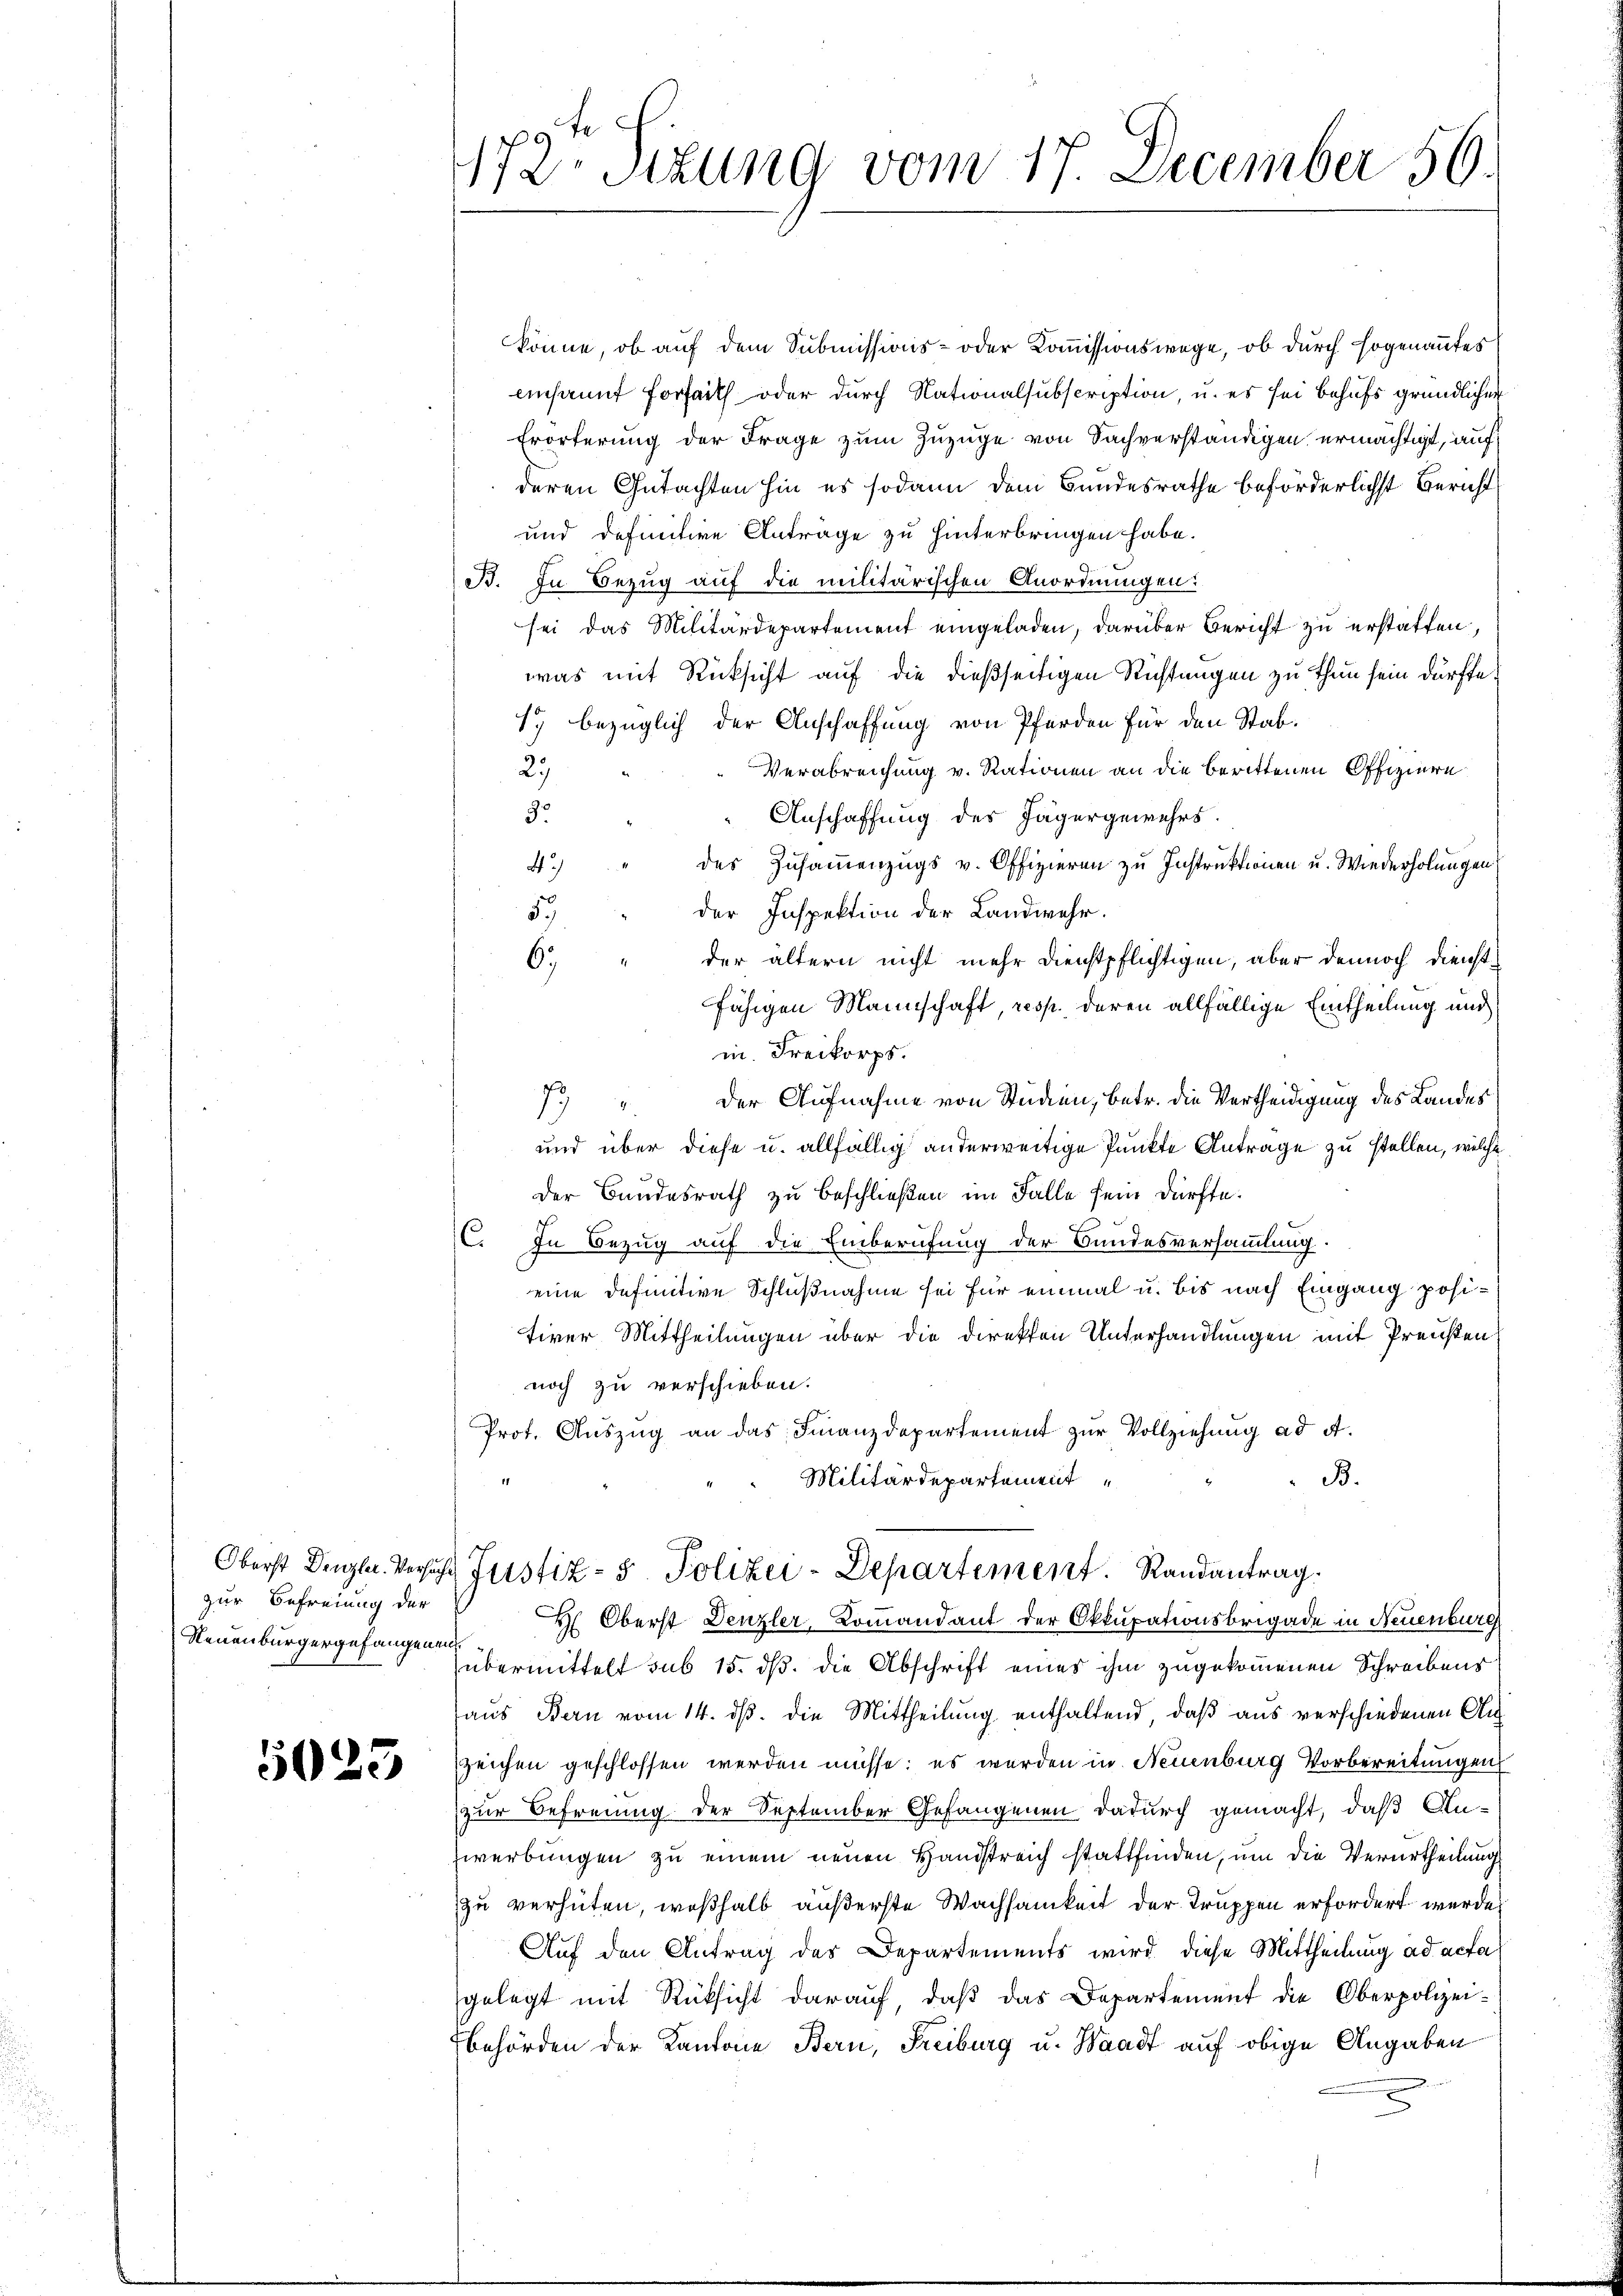
zur Befreiung der
Neuenburgergefangenen.

5025

172 Sizung vom 17. December 50.

könne, ob auf dem Submissions- oder Kommissionswege, ob durch sogenanntes
ensaunt fort oder durch Nationalsubscription, u. es sei behufs gründlicher
Erörterung der Frage zum Zuzuge von Sachverständigen ermächtigt, auf
deren Gutachten hin es sodann dem Bundesrathe beförderlichst Bericht
und definitive Anträge zu hinterbringen habe.
B. In Bezug auf die militärischen Anordnungen:
sei das Militärdepartement eingeladen, darüber Bericht zu erstatten,
was mit Rücksicht auf die dießseitigen Richtungen zu thun sein dürfte.
1.) bezüglich der Anschaffung von Pferden für den Stab¬
Verabreichung v. Rationen an die berittenen Offiziere
27
Anschaffung des Jägergewehrs.
3.
des Zusammenzugs v. Offizieren zu Instruktionen u. Wiederholungen
43
der Inspektion der Landwehr.
59
der ältern nicht mehr dienstpflichtigen, aber dennoch dienst¬
6.)
fähigen Mannschaft, resp. deren allfällige Eintheilung und
in Freikorps.
7) der Aufnahme von Studien, betr. die Vertheidigung des Landes
und über diese u. allfällig anderweitige Punkte Antrage zu stellen, welche
Der Bundesrath zu beschließen im Falle sein dürfte.
C. In Bezug auf die Einberufung der Bundesversammlung.
eine definitive Schlußnahme sei für einmal u. bis nach Eingang positiver Mittheilungen über die Direkten Unterhandlungen mit Preußen
noch zu verschieben.
Prot. Auszug an das Finanzdepartement zur Vollziehung ad A.
B.
Militärdepartement

t
Oberst Denzl. Versuche Justiz- & Polizei-Departement. Randantrag.

H. Oberst Denzler, Kommandant der Okkupationsbrigade in Neuenburg
übermittelt sub 15. ds. die Abschrift eines ihm zugekommenen Schreibens
aus Bern vom 14. ds. die Mittheilung enthaltend, daß aus verschiedenen An¬
Zeichen geschlossen werden müsse; es werden in Neuenburg Vorbereitungen
zur Befreiung der September Gefangenen dadurch gemacht, daß An-
Zwerbungen zu einem neuen Handstreich stattfinden, um die Verurtheilung
zu verhüten, weßhalb äußerste Wachsamkeit der Truppen erfordert wurde,
Auf den Antrag des Departements wird diese Mittheilung ad acta
gelegt mit Rücksicht darauf, daß das Departement die Oberpolizei¬
Behörden der Kantone Bern, Freiburg u. Waadt auf obige Angaben